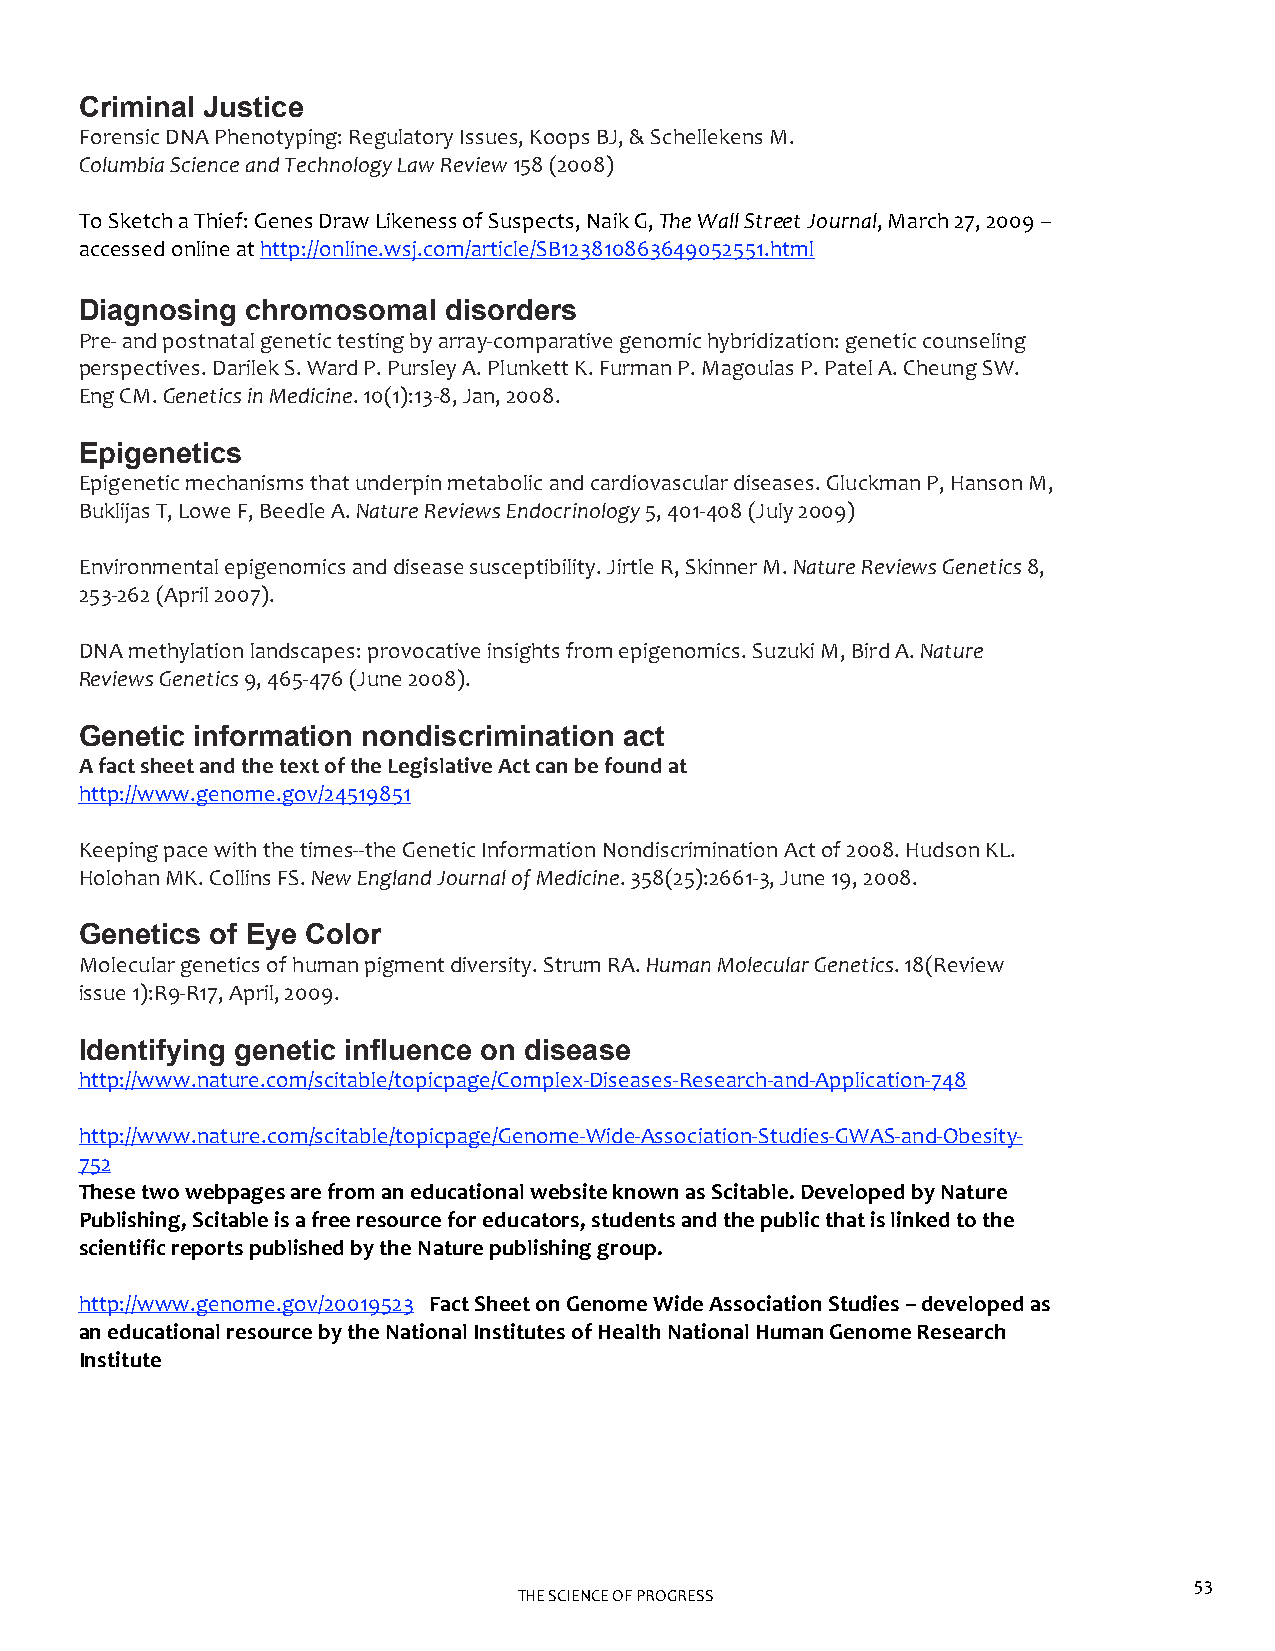
Criminal Justice
 Forensic DNA Phenotyping: Regulatory Issues, Koops BJ, & Schellekens M.
 Columbia Science and Technology Law Review 158 (2008)
 To Sketch a Thief: Genes Draw Likeness of Suspects, Naik G, The Wall Street Journal, March 27, 2009 –
 accessed online at http://online.wsj.com/article/SB123810863649052551.html
 Diagnosing chromosomal  disorders
 Pre‐ and postnatal genetic testing by array‐comparative genomic hybridization: genetic counseling
 perspectives. Darilek S. Ward P. Pursley A. Plunkett K. Furman P. Magoulas P. Patel A. Cheung SW.
 Eng CM. Genetics in Medicine. 10(1):13‐8, Jan, 2008.
 Epigenetics
 Epigenetic mechanisms that underpin metabolic and cardiovascular diseases. Gluckman P, Hanson M,
 Buklijas T, Lowe F, Beedle A. Nature Reviews Endocrinology 5, 401‐408 (July 2009)
 Environmental epigenomics and disease susceptibility. Jirtle R, Skinner M. Nature Reviews Genetics 8,
 253‐262 (April 2007).
 DNA methylation landscapes: provocative insights from epigenomics. Suzuki M, Bird A. Nature
 Reviews Genetics 9, 465‐476 (June 2008).
 Genetic information nondiscrimination act
 A fact sheet and the text of the Legislative Act can be found at
 http://www.genome.gov/24519851
 Keeping pace with the times‐‐the Genetic Information Nondiscrimination Act of 2008. Hudson KL.
 Holohan MK. Collins FS. New England Journal of Medicine. 358(25):2661‐3, June 19, 2008.
 Genetics of Eye Color
 Molecular genetics of human pigment diversity. Strum RA. Human Molecular Genetics. 18(Review
 issue 1):R9‐R17, April, 2009.
 Identifying genetic influence on disease
 http://www.nature.com/scitable/topicpage/Complex‐Diseases‐Research‐and‐Application‐748
 http://www.nature.com/scitable/topicpage/Genome‐Wide‐Association‐Studies‐GWAS‐and‐Obesity‐
 752
 These two webpages are from an educational website known as Scitable. Developed by Nature
 Publishing, Scitable is a free resource for educators, students and the public that is linked to the
 scientific reports published by the Nature publishing group.
 http://www.genome.gov/20019523 Fact Sheet on Genome Wide Association Studies – developed as
 an educational resource by the National Institutes of Health National Human Genome Research
 Institute
 53
 THE SCIENCE OF PROGRESS